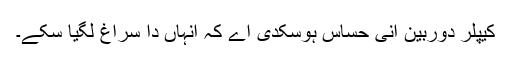
کیپلر دوربین اِنّی حساس ہوسکدی اے کہ انہاں دا سراغ لگیا سکے۔